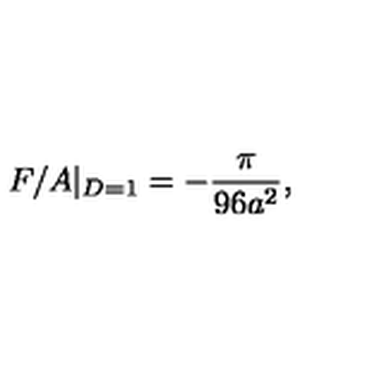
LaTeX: F / A | _ { D = 1 } = - { \frac { \pi } { 9 6 a ^ { 2 } } } ,